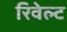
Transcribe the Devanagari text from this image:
रिवेल्ट